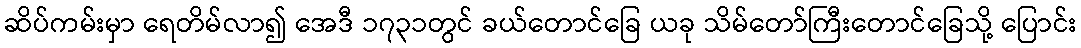
ဆိပ်ကမ်းမှာ ရေတိမ်လာ၍ အေဒီ ၁၇၃၁တွင် ခယ်တောင်ခြေ ယခု သိမ်တော်ကြီးတောင်ခြေသို့ ပြောင်း